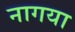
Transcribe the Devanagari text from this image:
नागया